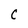
Character: C